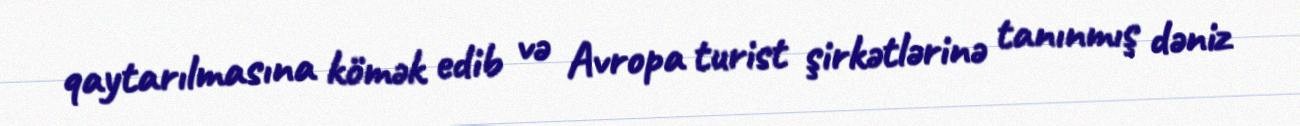
qaytarılmasına kömək edib və Avropa turist şirkətlərinə tanınmış dəniz